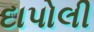
દાપોલી